Source: Handwritten
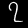
Digit: ၇ (7)